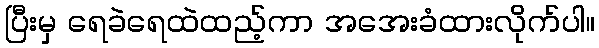
ပြီးမှ ရေခဲရေထဲထည့်ကာ အအေးခံထားလိုက်ပါ။